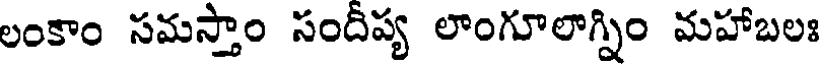
లంకాం సమస్తాం సందీప్య లాంగూలాగ్నిం మహాబలః